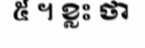
៥ ។ ខ្លះ ថា